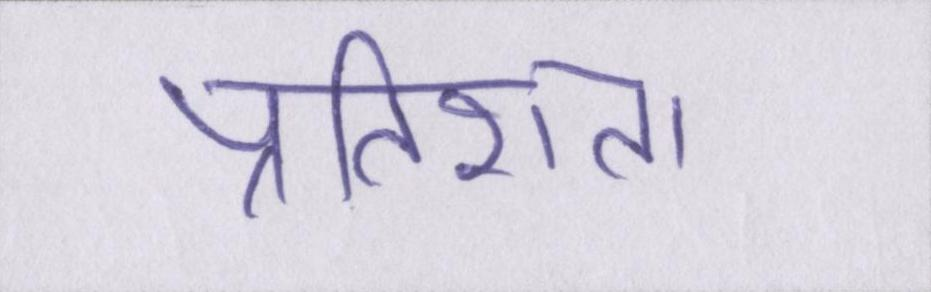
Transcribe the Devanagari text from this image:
प्रतिशत।